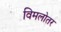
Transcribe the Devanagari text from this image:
विमलोतर